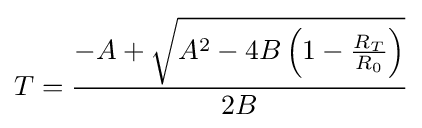
T={\frac {-A+{\sqrt {A^{2}-4B\left(1-{\frac {R_{T}}{R_{0}}}\right)}}}{2B}}